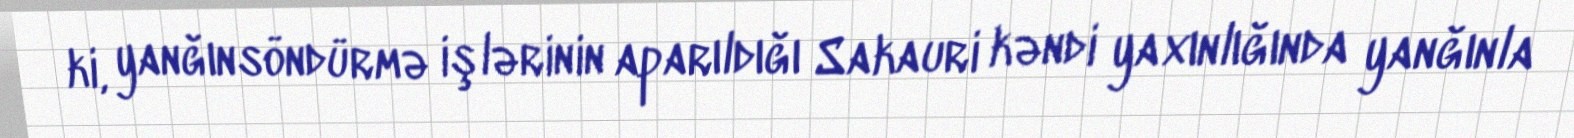
ki, yanğınsöndürmə işlərinin aparıldığı Sakauri kəndi yaxınlığında yanğınla